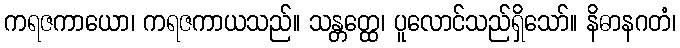
ကရဇကာယော၊ ကရဇကာယသည်။ သန္တတ္ထေ၊ ပူလောင်သည်ရှိသော်။ နိဓာနဂတံ၊